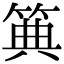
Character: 𥮏